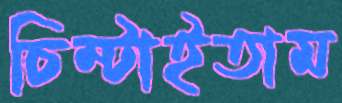
চিম্‌টাইতাম